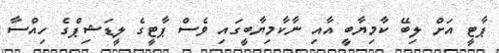
ޕާޓީ އަށް ލިބޭ ކާމިޔާބީ އާއި ނާކާމިޔާބީގައި ވެސް ޕާޓީގެ ލީޑަޝިޕްގެ ހިއްސާ